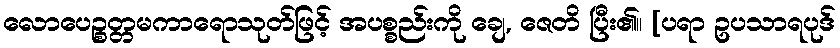
လောပေဉ္စတ္တမကာရောသုတ်ဖြင့် အပစ္စည်းကို ချေ, ဇေတိ ပြီး၏။ [ပရာ ဥပသာရပုဒ်